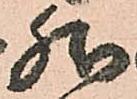
然